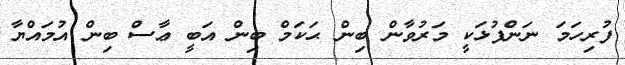
ފުރިހަމަ ނަންފުޅަކީ މަރުވާން ބިން ޙަކަމް ބިން އަބީ ޢާސް ބިން އުމައްޔާ